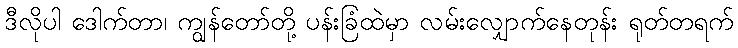
ဒီလိုပါ ဒေါက်တာ၊ ကျွန်တော်တို့ ပန်းခြံထဲမှာ လမ်းလျှောက်နေတုန်း ရုတ်တရက်